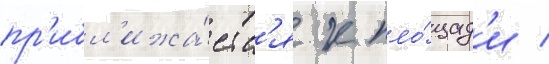
пр'ибл'ижа́етс'я к пло́щад'и /